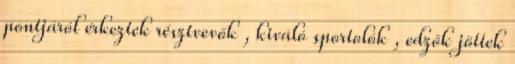
pontjáról érkeztek résztvevők , kiváló sportolók , edzők jöttek